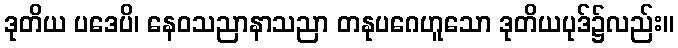
ဒုတိယ ပဒေပိ၊ နေဝသညာနာသညာ တနုပဂေဟူသော ဒုတိယပုဒ်၌လည်း။